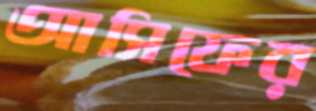
আসিফের